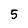
Character: 5